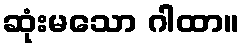
ဆုံးမသော ဂါထာ။